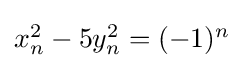
\textstyle x_{n}^{2}-5y_{n}^{2}=(-1)^{n}